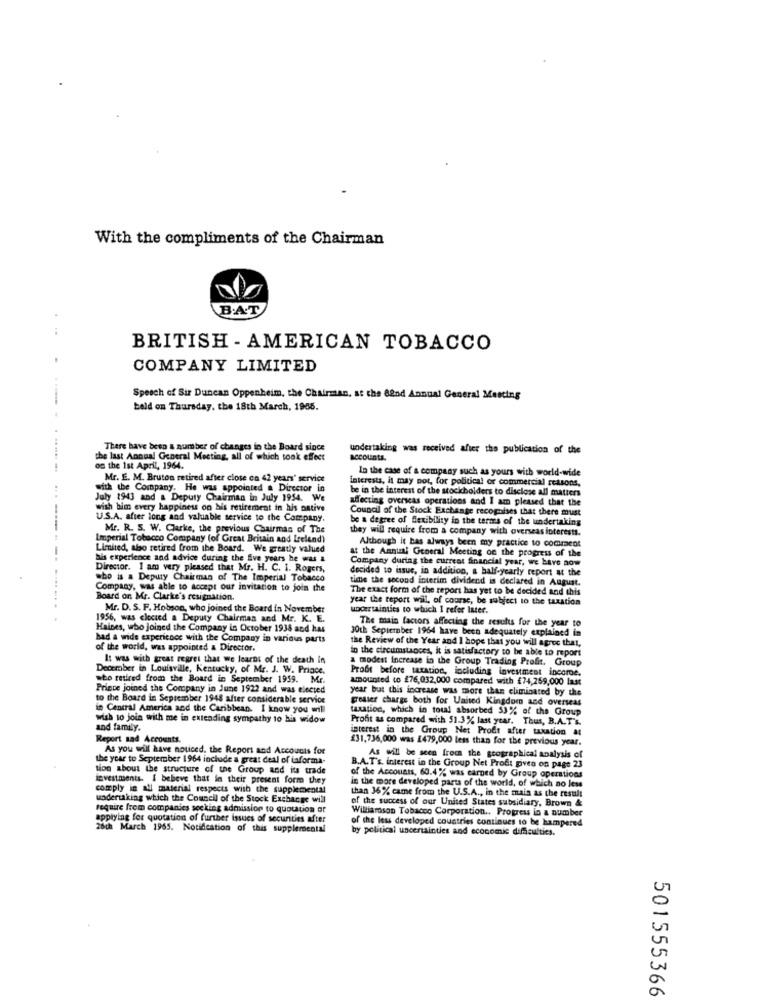
With the compliments of the Chairman
B.AT
BRITISH - AMERICAN TOBACCO
COMPANY LIMITED
Speech of Sir Duncan Oppenheim, the Chairman, at the Bend Annual General Meeting
beld on Thursday, the 18th March, 1985.
There have been a number of changes in the Board since
undertaking was received after the publication of the
the last Annual General Meeting, all of which took effect
accounts.
. ..... ..
on the 1st April, 1964.
In the case of a company such as yours with world-wide
Mr. E. M. Bruton retired after close co 42 years" service
interests, it may not, for political or commercial reasons,
with the Company. He was appointed a Director in
be in the interest of the stockholders to disclose all matters
July 1943 and a Deputy Chairman in July 1954. We
affecting overseas operations and I am pleased that the
wish him every happiness on his retirement in his native
Council of the Stock Exchange recognises that there must
U.S.A. after long and valuable service to the Company.
be a degree of flexibility in the terms of the undertaking
Mr. R. S. W. Clarke, the previous Chairman of The
they will require from a company with overseas interests.
Imperial Tobacco Company (of Great Britain and Ireland)
Limited, alo retired from the Board. We greatly valued
at the Annual General Meeting on the progress of the
Although it bas always been my practice to comment
his experience and advice during the five years he was a
Company durtag the current financial year, we have aow
Director. I am very pleased that Mr. H. C. I. Rogers,
decided to issue, in addition, a half-yearly report at the
who is a Deputy Chairman of The Imperial Tobacco
time the second interim dividend is declared in August.
Company, was able to accept our invitation to join the
The exact form of the report has yet to be decided and this
Board on Mr. Clarke's resignation.
year the report will, of course, be subject to the taxation
Mr. D. S. F. Hobson, who joined the Board in November
uncertainties to which I refer later.
1956, was elected a Deputy Chairman and Mr. K. E.
The main factors affecting the results for the year to
Haines, who joined the Company in October 1938 and has
30th September 1964 have been adequately explained in
had a wide experience with the Company in various parts
the Review of the Year and I hope that you will agree that,
of the world, was appointed & Director.
in the circumstances, it is satisfactory to be able to report
It was with great regret that we learnt of the death In
a modest Increase in the Group Trading Profit, Group
December in Louisville, Kentucky, of Mr. J. W. Prince.
Probt before taxation, including investment income.
who retired from the Board in September 1959. Mr.
amounted to 276,032,000 compared with £74,259,000 last
Prince joined the Company in June 1922 and was elected
year but this increase was more than eliminated by the
to the Board in September 1948 after considerable service
preller charge both for United Kingdom and overseas
in Central America and the Caribbean. I know you will
taxation, which in tout absorbed 53% of the Group
wish to join with me in extending sympathy 10 bis widow
Profit as compared with 51.3% last year. Thus, B.A.T's.
and family.
interest in the Group Net Profit after taxation at
Report sad Accounts
£31,736,000 was £479,000 less than for the previous year.
As you will have noticed, the Report and Accounts for
the year to September 1964 include a great deal of iaforma-
As will be seen from the geographical analysis of
tion about the structure of the Group and its trade
B.A.T's. interest in the Group Net Profit givea on page 23
investments. I believe that in their present form they
in the more developed parts of the world, of which no less
of the Accounts, 60.4% was earned by Group operations
comply in all material respects with the supplemental
than 36% came from the U.S.A ., in the main as the result
undertaking which the Council of the Stock Exchange will
of the success of our United States subsidiary, Brown &
require from companies seeking admission to quotation or
Williamson Tobacco Corporation ., Progress in a number
applying for quotation of further issues of securities after
of the less developed countries continues to be hampered
26th March 1965. Notification of this supplemental
by political uncertainties and economic difficulties.
501555366